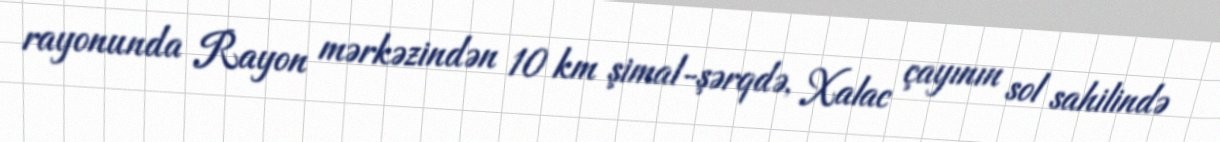
rayonunda Rayon mərkəzindən 10 km şimal-şərqdə, Xalac çayının sol sahilində